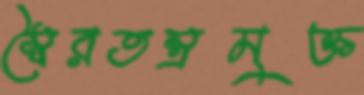
স্বৈরতন্ত্রমুক্ত